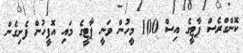
ކޮންގްރެސް ޕާޓީގެ އިސް 100 މީހުން ވަނީ ޕާޓީގެ މައި އޮފީހުން ފެށިގެން